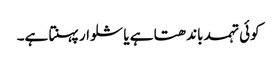
کوئی تہمد باندھتا ہے یا شلوار پہنتا ہے۔